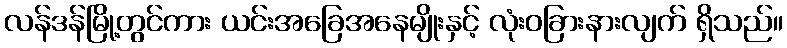
လန်ဒန်မြို့တွင်ကား ယင်းအခြေအနေမျိုးနှင့် လုံးဝခြားနားလျက် ရှိသည်။